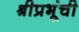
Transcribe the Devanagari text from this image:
श्रीप्रभूंची